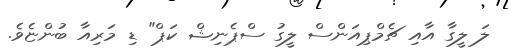
ލަ ލީގާ އާއި ޗެމްޕިއަންސް ލީގު ސްޕެނިޝް ކަޕް" ޑި މަރިއާ ބުންޏެވެ.